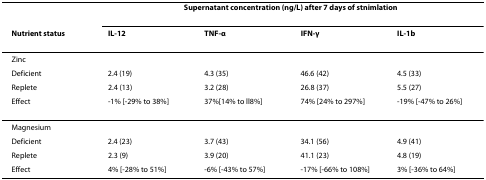
<table><thead><tr><td>[EMPTY_CELL]</td><td colspan="4"><b>Supernatant concentration (ng/L) after 7 days of stnimlation</b></td></tr><tr><td><b>Nutrient status</b></td><td><b>IL-12</b></td><td><b>TNF-α</b></td><td><b>IFN-γ</b></td><td><b>IL-1b</b></td></tr></thead><tbody><tr><td>Zinc</td><td>[EMPTY_CELL]</td><td>[EMPTY_CELL]</td><td>[EMPTY_CELL]</td><td>[EMPTY_CELL]</td></tr><tr><td>Deficient</td><td>2.4 (19)</td><td>4.3 (35)</td><td>46.6 (42)</td><td>4.5 (33)</td></tr><tr><td>Replete</td><td>2.4 (13)</td><td>3.2 (28)</td><td>26.8 (37)</td><td>5.5 (27)</td></tr><tr><td>Effect</td><td>-1% [-29% to 38%]</td><td>37%[14% to ll8%]</td><td>74% [24% to 297%]</td><td>-19% [-47% to 26%]</td></tr><tr><td>Magnesium</td><td>[EMPTY_CELL]</td><td>[EMPTY_CELL]</td><td>[EMPTY_CELL]</td><td>[EMPTY_CELL]</td></tr><tr><td>Deficient</td><td>2.4 (23)</td><td>3.7 (43)</td><td>34.1 (56)</td><td>4.9 (41)</td></tr><tr><td>Replete</td><td>2.3 (9)</td><td>3.9 (20)</td><td>41.1 (23)</td><td>4.8 (19)</td></tr><tr><td>Effect</td><td>4% [-28% to 51%]</td><td>-6% [-43% to 57%]</td><td>-17% [-66% to 108%]</td><td>3% [-36% to 64%]</td></tr></tbody></table>